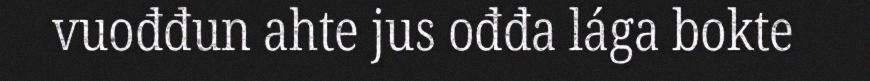
vuođđun ahte jus ođđa lága bokte